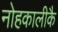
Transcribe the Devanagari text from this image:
नोहकालीकै